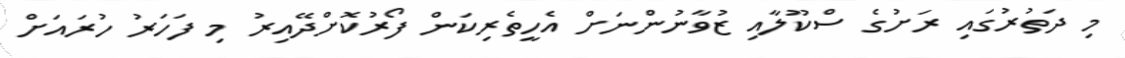
މި ދަތުރުގައި ރަށުގެ ސްކޫލާއި ޒުވާނުންނަށް އެހީތެރިކަން ފޯރުކޮށްދޭއިރު މި ފަހަރު ހުރައަށް